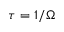
\tau = 1 / \Omega